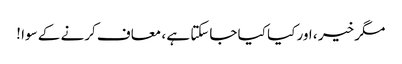
مگر خیر ، اور کیا کیا جاسکتا ہے ، معاف کرنے کے سوا !